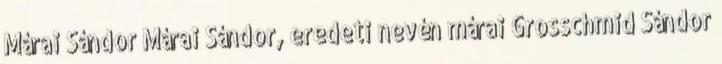
Márai Sándor Márai Sándor, eredeti nevén márai Grosschmid Sándor